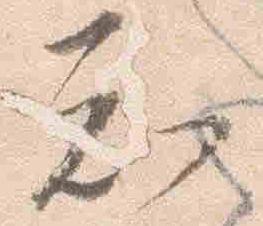
知